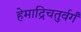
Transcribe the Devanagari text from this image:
हेमाद्रिचतुर्वर्गं